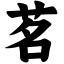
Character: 茗